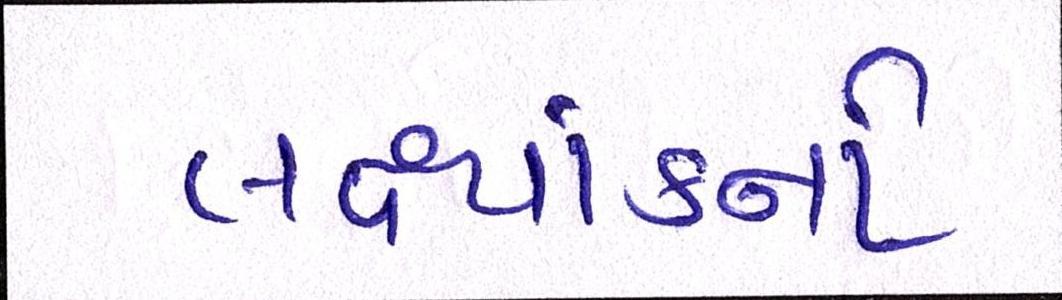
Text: લક્ષ્યાંકનો